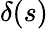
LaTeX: \delta(s)